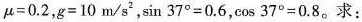
$$μ = 0. 2$$，$$g = 1 0 m / s ^ { 2 }$$，$$\sin 3 7 ° = 0 . 6$$，$$\cos 3 7 ° = 0 . 8$$。求：